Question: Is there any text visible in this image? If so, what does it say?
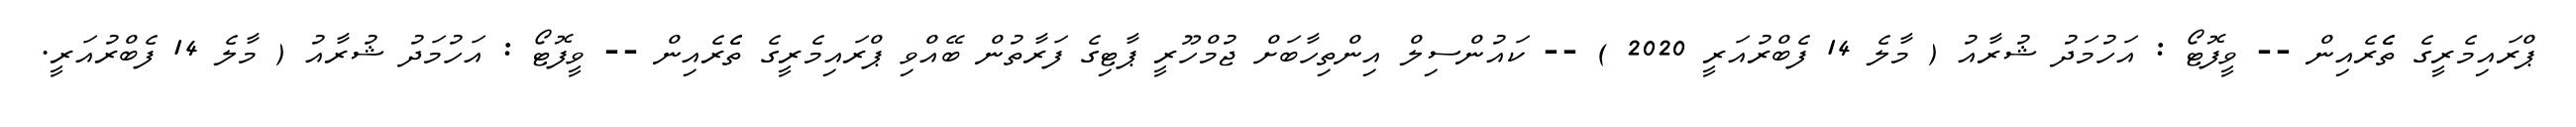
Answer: ޕްރައިމެރީގެ ތެެރެއިން -- ވީފޮޓޯ : އަހުމަދު ޝުރާއު ( މާލެ 14 ފެބްރުއަރީ 2020 ) -- ކައުންސިލް އިންތިހާބަށް ޖުމްހޫރީ ޕާޓިގެ ފަރާތުން ބޭއްވި ޕްރައިމެރީގެ ތެެރެއިން -- ވީފޮޓޯ : އަހުމަދު ޝުރާއު ( މާލެ 14 ފެބްރުއަރީ.